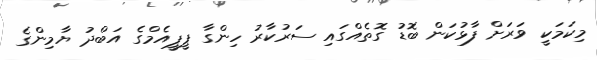
މިކަމަކީ ވަރަށް ފާޅުކަން ބޮޑު ގޮތެއްގައި ސަރުކާރު ހިންގާ ޕީޕީއެމްގެ އަބްދު ޔާމިންގެ